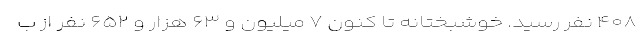
۴۰۸ نفر رسید. خوشبختانه تا کنون ۷ میلیون و ۶۳ هزار و ۶۵۲ نفر از ب